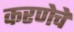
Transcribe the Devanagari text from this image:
करणेचे